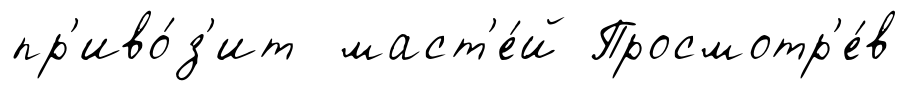
пр'иво́з'ит маст'е́й Просмотр'е́в